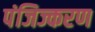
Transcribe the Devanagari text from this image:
पंजिज्करण